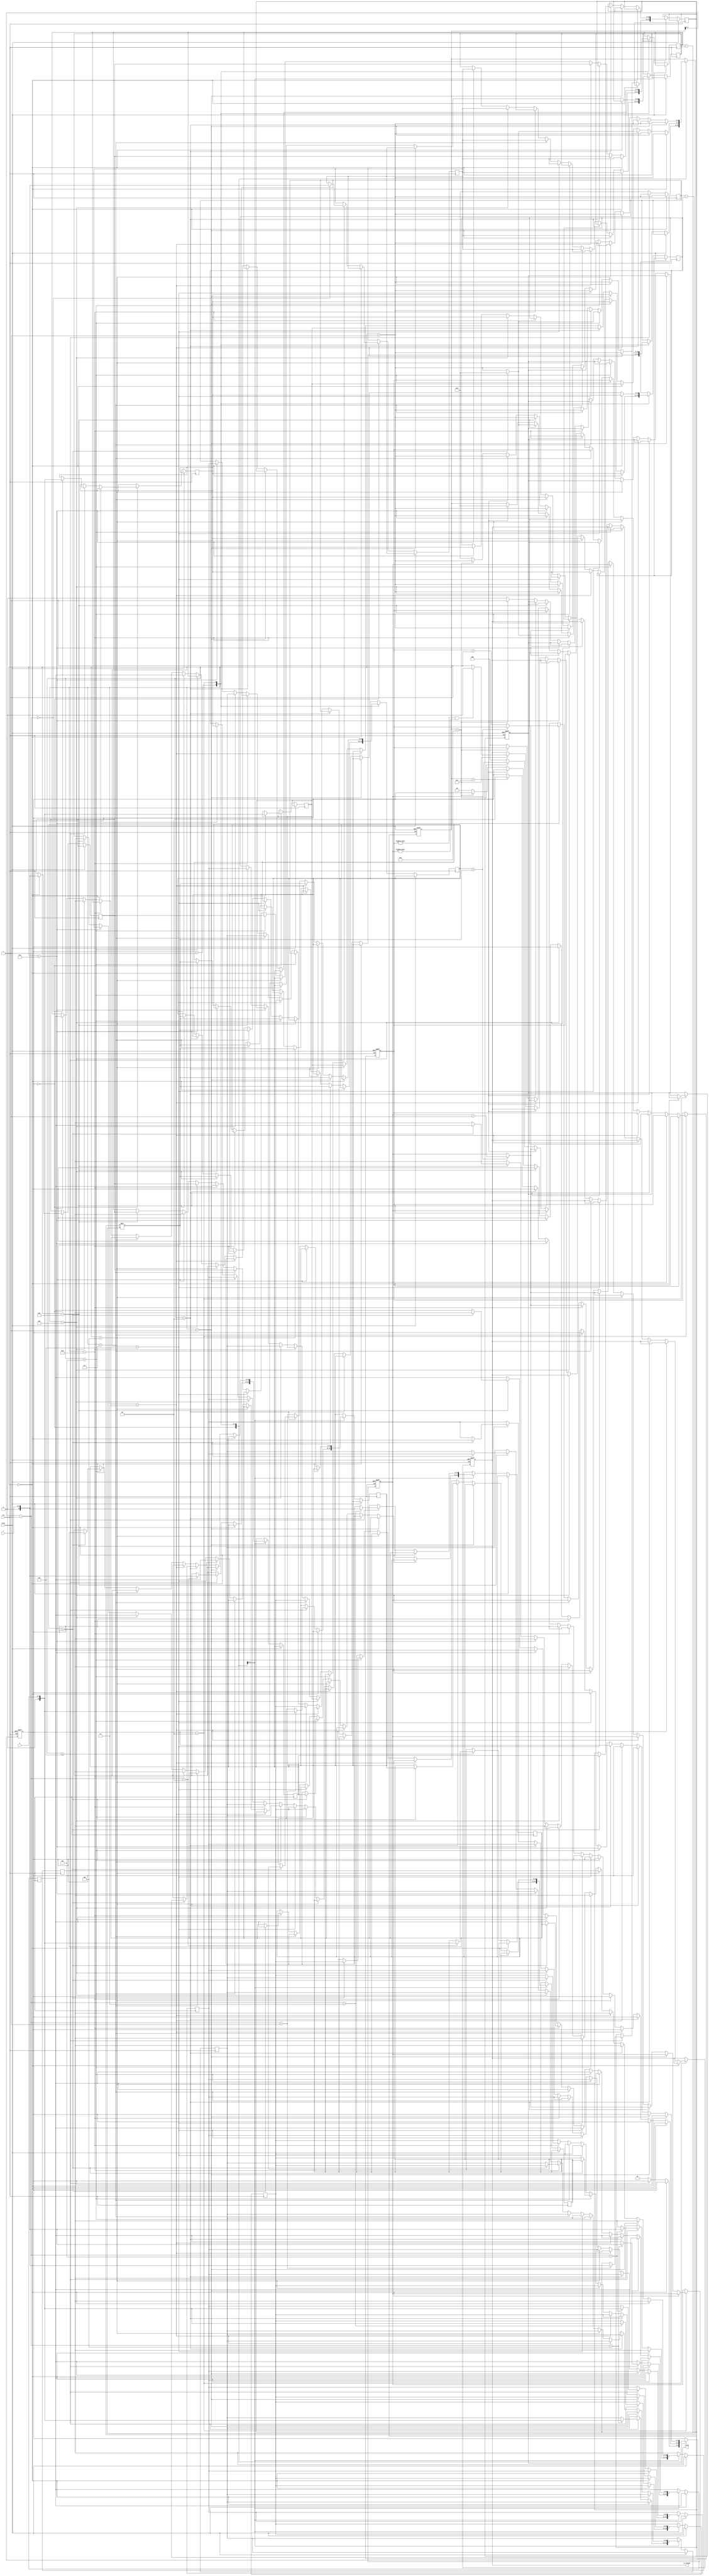
module geofence ( clk,reset,X,Y,valid,is_inside);
input clk;
input reset;
input [9:0] X;
input [9:0] Y;
output valid;
output is_inside;
reg valid;
reg is_inside;

reg signed [10:0]datax[5:0],datay[5:0];
reg signed [10:0]xr,yr;
reg [3:0]load;
reg [1:0]state;
//0:load data 1:bubble sort 2 :count
reg signed[20:0]ans;
reg signed [10:0]a,b,c,d;
reg signed[20:0]vec1;
reg [2:0]neg,pos;
always @(posedge clk or posedge reset) begin
    if(reset)begin
        valid <= 1'd0;
        is_inside <= 1'd0;
        load <= 5'd0;
        state <= 4'd0;
        neg <= 3'd0;
        pos <= 3'd0;
    end
    else begin
        case (state)
        2'd0:begin
            load <= load + 5'b1;
            if(load == 5'd0)begin
                xr <= X;
                yr <= Y;
            end
            else if (load <= 5'd6) begin
                datax[load - 5'd1] <= X;
                datay[load - 5'd1] <= Y;
            end
            else begin
                state <= 2'd1;
                load <= 5'd0;
            end
        end
        2'd1:begin
            //v1vXvv2
            if(load == 5'd0)begin
                a <= datax[1];
                b <= datax[0];
                c <= datay[2];
                d <= datay[0];
                load <= load +5'd1;
            end
            else if(load == 5'd1)begin
                vec1 <= ans;
                a <= datax[2];
                b <= datax[0];
                c <= datay[1];
                d <= datay[0];
                load <= load +5'd1;
            end
            else if (load == 5'd2) begin
                if(vec1 > ans)begin//
                    datax[1] <= datax[2];
                    datax[2] <= datax[1];
                    datay[1] <= datay[2];
                    datay[2] <= datay[1];
                    load <= 0;
                end
                else begin
                    load <= load +5'd1;
                end
            end
            else if(load == 5'd3) begin
                a <= datax[2];
                b <= datax[0];
                c <= datay[3];
                d <= datay[0];
                load <= load +5'd1;
            end
            else if(load == 5'd4)begin
                vec1 <= ans;
                a <= datax[3];
                b <= datax[0];
                c <= datay[2];
                d <= datay[0];
                load <= load +5'd1;
            end
            else if (load == 5'd5) begin
                if(vec1 > ans)begin//
                    datax[2] <= datax[3];
                    datax[3] <= datax[2];
                    datay[2] <= datay[3];
                    datay[3] <= datay[2];
                    load <= 0;
                end
                else begin
                    load <= load +5'd1;
                end
            end
            else if(load == 5'd6) begin
                a <= datax[3];
                b <= datax[0];
                c <= datay[4];
                d <= datay[0];
                load <= load +5'd1;
            end
            else if(load == 5'd7)begin
                vec1 <= ans;
                a <= datax[4];
                b <= datax[0];
                c <= datay[3];
                d <= datay[0];
                load <= load +5'd1;
            end
            else if (load == 5'd8) begin
                if(vec1 > ans)begin//
                    datax[3] <= datax[4];
                    datax[4] <= datax[3];
                    datay[3] <= datay[4];
                    datay[4] <= datay[3];
                    load <= 0;
                end
                else begin
                    load <= load +5'd1;
                end
            end
            else if(load == 5'd9) begin
                a <= datax[4];
                b <= datax[0];
                c <= datay[5];
                d <= datay[0];
                load <= load +5'd1;
            end
            else if(load == 5'd10)begin
                vec1 <= ans;
                a <= datax[5];
                b <= datax[0];
                c <= datay[4];
                d <= datay[0];
                load <= load +5'd1;
            end
            else if (load == 5'd11) begin
                if(vec1 > ans)begin//
                    datax[4] <= datax[5];
                    datax[5] <= datax[4];
                    datay[4] <= datay[5];
                    datay[5] <= datay[4];
                    load <= 0;
                end
                else begin
                    load <= load +5'd1;
                end
            end
            else if(load == 5'd12)begin
                //valid <= 1;
                state <= 2'd2;
                load <= 5'd0;
            end
        end
        2'd2:begin  //count
            load <= load + 5'd1;
            if(load == 5'd0)begin
                a <= xr;
                b <= datax[0];
                c <= datay[0];
                d <= datay[1];
            end
            else if (load == 5'd1) begin
                vec1 <= ans;
                a <= datax[0];
                b <= datax[1];
                c <= yr;
                d <= datay[0];
            end
            else if (load == 5'd2) begin
                if(vec1 < ans)begin
                    neg <= neg + 1; 
                end
                else begin
                    pos <= pos + 1;
                end
                a <= xr;
                b <= datax[1];
                c <= datay[1];
                d <= datay[2];
            end
            else if (load == 5'd3) begin
                vec1 <= ans;
                a <= datax[1];
                b <= datax[2];
                c <= yr;
                d <= datay[1];
            end
            else if (load == 5'd4) begin
                if(vec1 < ans)begin
                    neg <= neg + 1; 
                end
                else begin
                    pos <= pos + 1;
                end
                a <= xr;
                b <= datax[2];
                c <= datay[2];
                d <= datay[3];
            end
            else if (load == 5'd5) begin
                vec1 <= ans;
                a <= datax[2];
                b <= datax[3];
                c <= yr;
                d <= datay[2];
            end
            else if (load == 5'd6) begin
                if(vec1 < ans)begin
                    neg <= neg + 1; 
                end
                else begin
                    pos <= pos + 1;
                end
                a <= xr;
                b <= datax[3];
                c <= datay[3];
                d <= datay[4];
            end
            else if (load == 5'd7) begin
                vec1 <= ans;
                a <= datax[3];
                b <= datax[4];
                c <= yr;
                d <= datay[3];
            end
            else if (load == 5'd8) begin
                if(vec1 < ans)begin
                    neg <= neg + 1; 
                end
                else begin
                    pos <= pos + 1;
                end
                a <= xr;
                b <= datax[4];
                c <= datay[4];
                d <= datay[5];
            end
            else if (load == 5'd9) begin
                vec1 <= ans;
                a <= datax[4];
                b <= datax[5];
                c <= yr;
                d <= datay[4];
            end
            else if (load == 5'd10) begin
                if(vec1 < ans)begin
                    neg <= neg + 1; 
                end
                else begin
                    pos <= pos + 1;
                end
                a <= xr;
                b <= datax[5];
                c <= datay[5];
                d <= datay[0];
            end
            else if (load == 5'd11) begin
                vec1 <= ans;
                a <= datax[5];
                b <= datax[0];
                c <= yr;
                d <= datay[5];
            end
            else if (load == 5'd12) begin
                if(vec1 < ans)begin
                    neg <= neg + 1; 
                end
                else begin
                    pos <= pos + 1;
                end
            end
            else if (load == 5'd13) begin
                if(pos != 0 && neg != 0)begin
                    valid <= 1'd1;
                    is_inside <= 1'd0;
                end
                else begin
                    valid <= 1'd1;
                    is_inside <= 1'd1; 
                end
            end
            else begin
                load <= 5'd0;
                valid <= 1'd0;
                state <= 2'd0;
                neg <= 3'd0;
                pos <= 3'd0;
            end
        end
        endcase
    end
end

always @(*) begin
    ans = (a - b) * (c - d);
end

endmodule